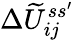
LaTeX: \Delta\widetilde U_{ij}^{ss^{\prime}}